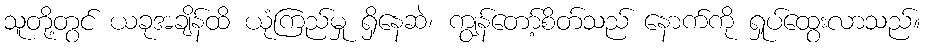
သူတို့တွင် ယခုအချိန်ထိ ယုံကြည်မှု ရှိနေဆဲ၊ ကျွန်တော့်စိတ်သည် နောက်ကို ရှုပ်ထွေးလာသည်။